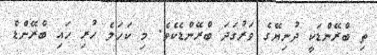
ތި ބްރޭންޑަކީ ދުނިޔޭގެ ވަރުގަދަ ބްރޭންޑެކެވެ. މި ކަހަލެ ހުރި ހައި ބްރޭންޑް